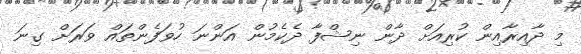
މި ދާއިރާއިން ކުރިއަށް ދާން ނިޝްފާ ދެކެެމުން އަންނަ ހުވަފެންތައް ވަރަށް ގިނަ